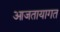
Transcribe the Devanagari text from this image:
आजतायागत